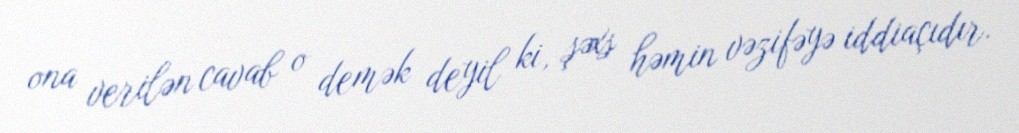
ona verilən cavab o demək deyil ki, şəxs həmin vəzifəyə iddiaçıdır.